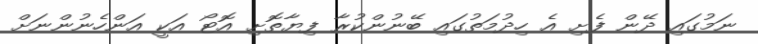
ނަމުގައި ދޭން ފެށި އެ ހިދުމަތުގައި ބޭނުންކުރާ ފިޔާތޮށި އޮޓޯ އަކީ އަންހެނުންނަށް